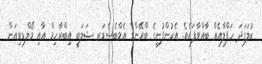
ކުލަގަދަ ހަފްލާއެއް ބާއްވާފައެވެ. އެކުންފުނީގެ ބްރޭންޑް އެމްބެސެޑަރ ޝަލަބީ އިބްރާހިމް އާއި މޯލްޑިވިއަން